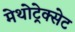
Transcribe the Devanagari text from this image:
मेथोट्रेक्सेट